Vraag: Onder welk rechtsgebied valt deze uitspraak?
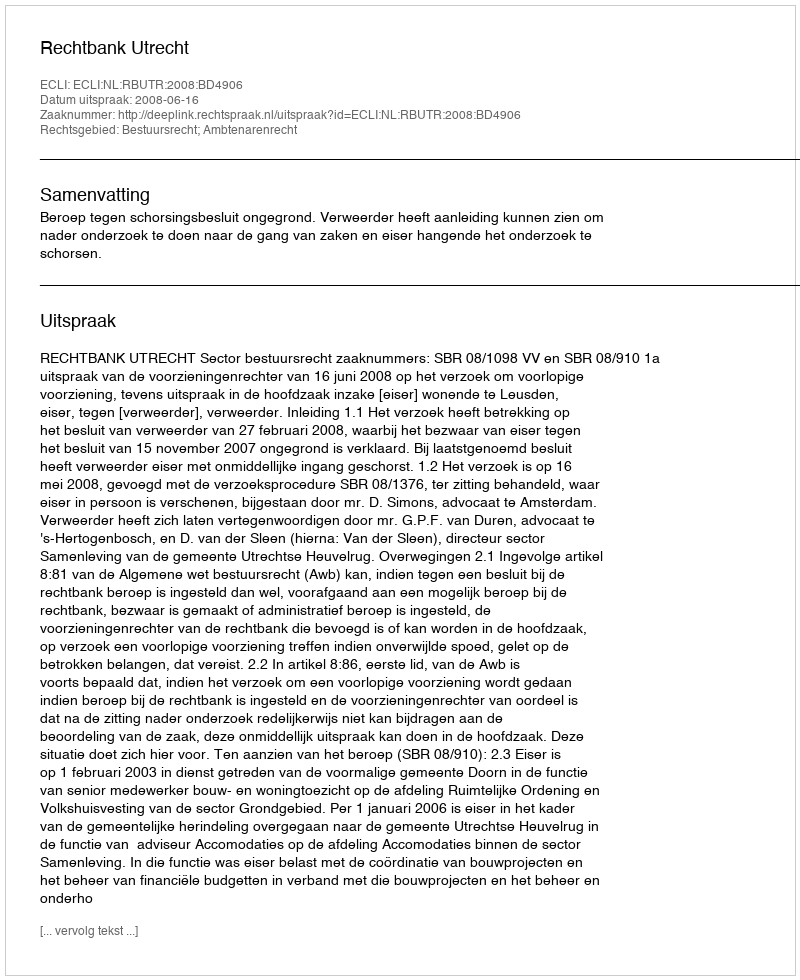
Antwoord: Bestuursrecht; Ambtenarenrecht